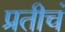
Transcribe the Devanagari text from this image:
प्रतीचं